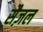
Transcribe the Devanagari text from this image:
सैज़ल